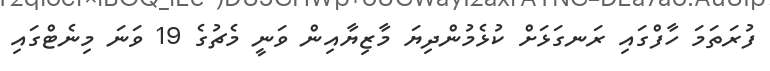
ފުރަތަމަ ހާފްގައި ރަނގަޅަށް ކުޅެމުންދިޔަ މާޒިޔާއިން ވަނީ މެޗުގެ 19 ވަނަ މިނެޓްގައި